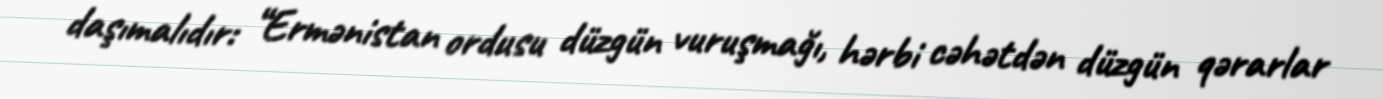
daşımalıdır: “Ermənistan ordusu düzgün vuruşmağı, hərbi cəhətdən düzgün qərarlar